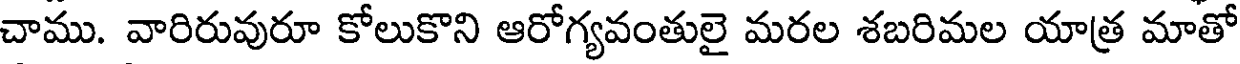
చాము. వారిరువురూ కోలుకొని ఆరోగ్యవంతులై మరల శబరిమల యాత్ర మాతో